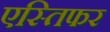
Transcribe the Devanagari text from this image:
एस्तिफर